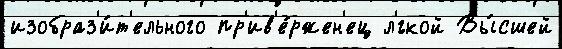
изобраз'и́т'ельного пр'ив'е́ржен'ец л'́гкой Вы́сшей